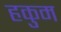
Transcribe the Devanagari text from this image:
हकुम